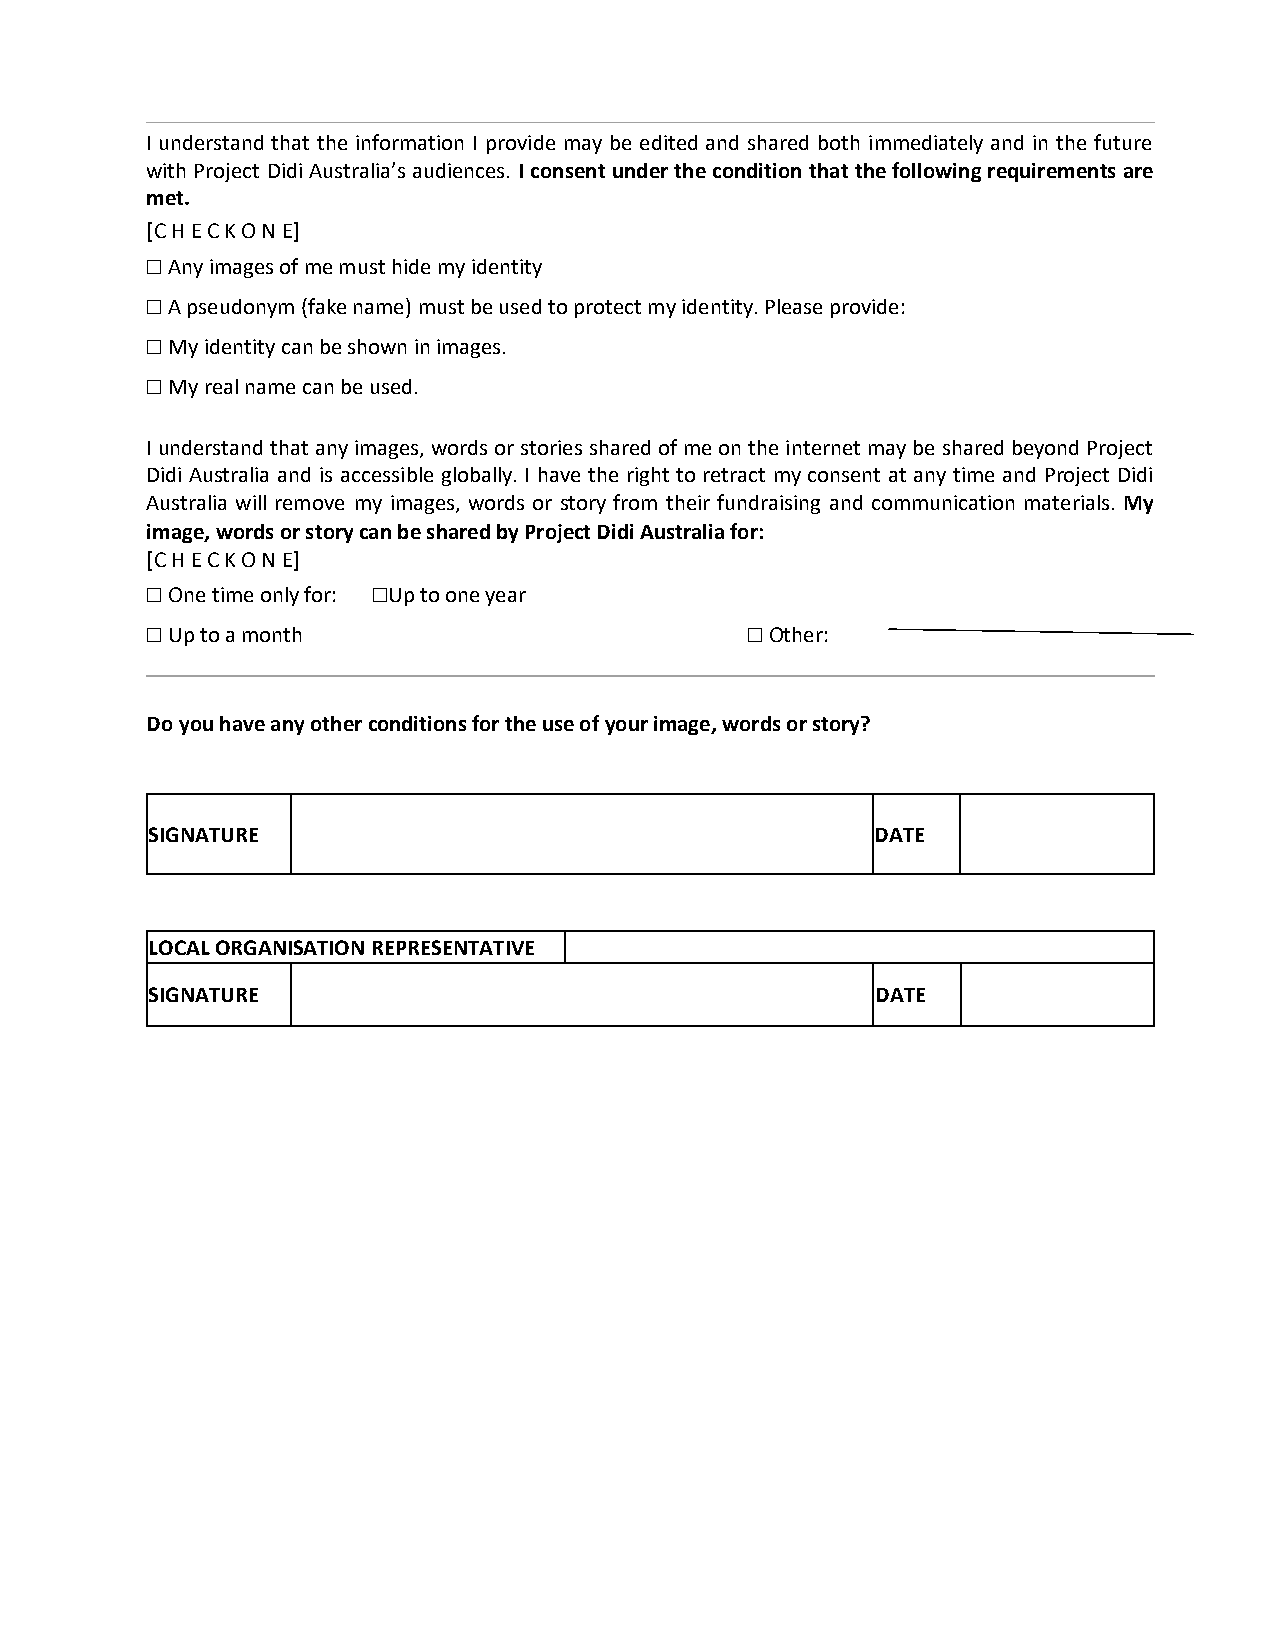
I understand that the information I provide may be edited and shared both immediately and in the future
 with Project Didi Australia’s audiences. I consent under the condition that the following requirements are
 met.
 [C H E C K O N E]
 ☐ Any images of me must hide my identity
 ☐ A pseudonym (fake name) must be used to protect my identity. Please provide:
 ☐ My identity can be shown in images.
 ☐ My real name can be used.
 I understand that any images, words or stories shared of me on the internet may be shared beyond Project
 Didi Australia and is accessible globally. I have the right to retract my consent at any time and Project Didi
 Australia will remove my images, words or story from their fundraising and communication materials. My
 image, words or story can be shared by Project Didi Australia for:
 [C H E C K O N E]
 ☐ One time only for: ☐Up to one year
 ☐ Up to a month                        ☐ Other:
 Do you have any other conditions for the use of your image, words or story?
 SIGNATURE                                       DATE
 LOCAL ORGANISATION REPRESENTATIVE
 SIGNATURE                                       DATE